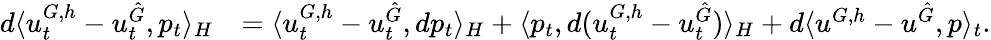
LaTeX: \begin{array}{rl}{d\langle u_{t}^{G,h}-u_{t}^{\hat{G}},p_{t}\rangle_{H}}&{=\langle u_{t}^{G,h}-u_{t}^{\hat{G}},dp_{t}\rangle_{H}+\langle p_{t},d(u_{t}^{G,h}-u_{t}^{\hat{G}})\rangle_{H}+d\langle u^{G,h}-u^{\hat{G}},p\rangle_{t}.}\end{array}